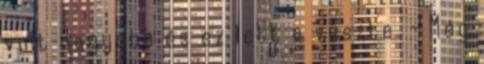
volt nagyobb és ez lett a veszte. - Még